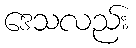
ဒေသလည်း